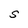
Character: S